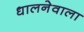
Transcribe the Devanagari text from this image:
धालनेवाला